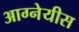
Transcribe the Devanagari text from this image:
आग्‍नेयीस